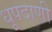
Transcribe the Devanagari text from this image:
धूपदाणी